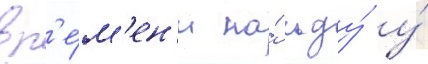
вр'е́м'ен'и на́ льду́ у́